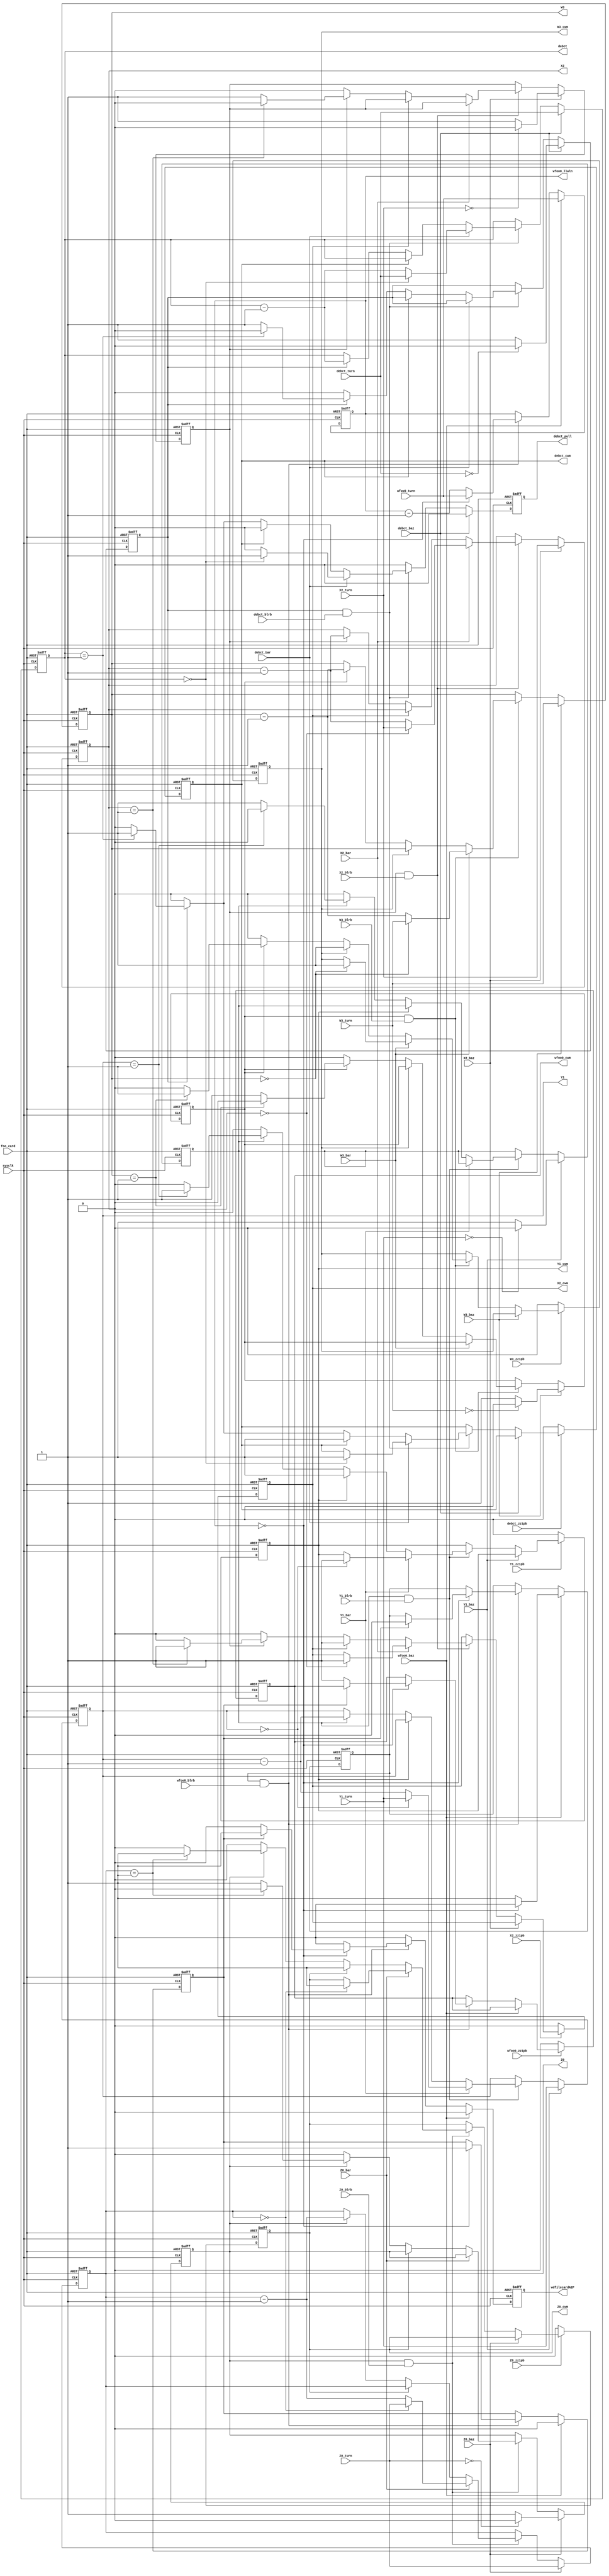
// File ../examples/counters.vhd translated with vhd2vl v2.0 VHDL to Verilog RTL translator
// Copyright (C) 2001 Vincenzo Liguori - Ocean Logic Pty Ltd - http://www.ocean-logic.com
// Modifications (C) 2006 Mark Gonzales - PMC Sierra Inc
// 
// vhd2vl comes with ABSOLUTELY NO WARRANTY
// ALWAYS RUN A FORMAL VERIFICATION TOOL TO COMPARE VHDL INPUT TO VERILOG OUTPUT 
// 
// This is free software, and you are welcome to redistribute it under certain conditions.
// See the license file license.txt included with the source for details.


module counters(
sysclk,
foo_card,
wfoo0_baz,
wfoo0_blrb,
wfoo0_zz1pb,
wfoo0_turn,
debct_baz,
debct_blrb,
debct_zz1pb,
debct_bar,
debct_turn,
Z0_bar,
Z0_baz,
Z0_blrb,
Z0_zz1pb,
Z0_turn,
Y1_bar,
Y1_baz,
Y1_blrb,
Y1_zz1pb,
Y1_turn,
X2_bar,
X2_baz,
X2_blrb,
X2_zz1pb,
X2_turn,
W3_bar,
W3_baz,
W3_blrb,
W3_zz1pb,
W3_turn,
Z0_cwm,
Z0,
Y1_cwm,
Y1,
X2_cwm,
X2,
W3_cwm,
W3,
wfoo0_cwm,
wfoo0_llwln,
debct_cwm,
debct_pull,
debct,
wdfilecardA2P
);

input sysclk;
input foo_card;
input wfoo0_baz;
input wfoo0_blrb;
input wfoo0_zz1pb;
input[31:0] wfoo0_turn;
input debct_baz;
input debct_blrb;
input debct_zz1pb;
input debct_bar;
input[31:0] debct_turn;
input Z0_bar;
input Z0_baz;
input Z0_blrb;
input Z0_zz1pb;
input[31:0] Z0_turn;
input Y1_bar;
input Y1_baz;
input Y1_blrb;
input Y1_zz1pb;
input[31:0] Y1_turn;
input X2_bar;
input X2_baz;
input X2_blrb;
input X2_zz1pb;
input[31:0] X2_turn;
input W3_bar;
input W3_baz;
input W3_blrb;
input W3_zz1pb;
input[31:0] W3_turn;
// to engine block
output Z0_cwm;
output[31:0] Z0;
output Y1_cwm;
output[31:0] Y1;
output X2_cwm;
output[31:0] X2;
output W3_cwm;
output[31:0] W3;
output wfoo0_cwm;
output[31:0] wfoo0_llwln;
output debct_cwm;
output debct_pull;
output[31:0] debct;
output wdfilecardA2P;

wire   sysclk;
wire   foo_card;
wire   wfoo0_baz;
wire   wfoo0_blrb;
wire   wfoo0_zz1pb;
wire  [31:0] wfoo0_turn;
wire   debct_baz;
wire   debct_blrb;
wire   debct_zz1pb;
wire   debct_bar;
wire  [31:0] debct_turn;
wire   Z0_bar;
wire   Z0_baz;
wire   Z0_blrb;
wire   Z0_zz1pb;
wire  [31:0] Z0_turn;
wire   Y1_bar;
wire   Y1_baz;
wire   Y1_blrb;
wire   Y1_zz1pb;
wire  [31:0] Y1_turn;
wire   X2_bar;
wire   X2_baz;
wire   X2_blrb;
wire   X2_zz1pb;
wire  [31:0] X2_turn;
wire   W3_bar;
wire   W3_baz;
wire   W3_blrb;
wire   W3_zz1pb;
wire  [31:0] W3_turn;
wire   Z0_cwm;
wire  [31:0] Z0;
wire   Y1_cwm;
wire  [31:0] Y1;
wire   X2_cwm;
wire  [31:0] X2;
wire   W3_cwm;
wire  [31:0] W3;
reg   wfoo0_cwm;
wire  [31:0] wfoo0_llwln;
wire   debct_cwm;
reg   debct_pull;
wire  [31:0] debct;
wire   wdfilecardA2P;


reg [31:0] wfoo0_llwln_var;
reg [31:0] debct_var;
reg [31:0] Z0_var;
reg [31:0] Y1_var;
reg [31:0] X2_var;
reg [31:0] W3_var;
reg  main_wfoo0_cwm;
reg  do_q3p_Z0;
reg  do_q3p_Y1;
reg  do_q3p_X2;
reg  do_q3p_W3;
reg  do_q3p_wfoo0;
reg  do_q3p_debct;
reg  Z0_cwm_i;
reg  Y1_cwm_i;
reg  X2_cwm_i;
reg  W3_cwm_i;
reg  debct_cwm_i;
reg  file_card_i;
reg  do_file_card_i;
reg  prev_do_file_card;

  //---
  // form the outputs
  assign wfoo0_llwln = (wfoo0_llwln_var);
  assign debct = (debct_var);
  assign Z0 = (Z0_var);
  assign Y1 = (Y1_var);
  assign X2 = (X2_var);
  assign W3 = (W3_var);
  assign Z0_cwm = Z0_cwm_i;
  assign Y1_cwm = Y1_cwm_i;
  assign X2_cwm = X2_cwm_i;
  assign W3_cwm = W3_cwm_i;
  assign debct_cwm = debct_cwm_i;
  assign wdfilecardA2P = do_file_card_i;
  always @(posedge foo_card or posedge sysclk) begin
    if(foo_card == 1'b 1) begin
      wfoo0_llwln_var <= {32{1'b0}};
      debct_var <= {32{1'b0}};
      Z0_var <= {32{1'b0}};
      Y1_var <= {32{1'b0}};
      X2_var <= {32{1'b0}};
      W3_var <= {32{1'b0}};
      wfoo0_cwm <= 1'b 0;
      debct_cwm_i <= 1'b 0;
      debct_pull <= 1'b 0;
      Z0_cwm_i <= 1'b 0;
      Y1_cwm_i <= 1'b 0;
      X2_cwm_i <= 1'b 0;
      W3_cwm_i <= 1'b 0;
      main_wfoo0_cwm <= 1'b 0;
      file_card_i <= 1'b 0;
      do_q3p_wfoo0 <= 1'b 0;
      do_file_card_i <= 1'b 0;
      prev_do_file_card <= 1'b 0;
      do_q3p_Z0 <= 1'b 0;
      do_q3p_Y1 <= 1'b 0;
      do_q3p_X2 <= 1'b 0;
      do_q3p_W3 <= 1'b 0;
      do_q3p_debct <= 1'b 0;
    end else begin
      // pull
      debct_pull <= 1'b 0;
      do_file_card_i <= 1'b 0;
      //--
      //  wfoo0
      if(wfoo0_baz == 1'b 1) begin
        wfoo0_llwln_var <= (wfoo0_turn);
        main_wfoo0_cwm <= 1'b 0;
        if(wfoo0_llwln_var == 32'b 00000000000000000000000000000000) begin
          do_q3p_wfoo0 <= 1'b 0;
        end
        else begin
          do_q3p_wfoo0 <= 1'b 1;
        end
      end
      else begin
        if(do_q3p_wfoo0 == 1'b 1 && wfoo0_blrb == 1'b 1) begin
          wfoo0_llwln_var <= wfoo0_llwln_var - 1;
          if((wfoo0_llwln_var == 32'b 00000000000000000000000000000000)) begin
            wfoo0_llwln_var <= (wfoo0_turn);
            if(main_wfoo0_cwm == 1'b 0) begin
              wfoo0_cwm <= 1'b 1;
              main_wfoo0_cwm <= 1'b 1;
            end
            else begin
              do_file_card_i <= 1'b 1;
              do_q3p_wfoo0 <= 1'b 0;
            end
          end
        end
      end
      if(wfoo0_zz1pb == 1'b 0) begin
        wfoo0_cwm <= 1'b 0;
      end
      if(Z0_baz == 1'b 1) begin
        // counter Baz
        Z0_var <= (Z0_turn);
        if(Z0_turn == 32'b 00000000000000000000000000000000) begin
          do_q3p_Z0 <= 1'b 0;
        end
        else begin
          do_q3p_Z0 <= 1'b 1;
        end
      end
      else begin
        if(do_q3p_Z0 == 1'b 1 && Z0_blrb == 1'b 1) begin
          if(Z0_bar == 1'b 0) begin
            if(Z0_cwm_i == 1'b 0) begin
              if(do_q3p_Z0 == 1'b 1) begin
                Z0_var <= Z0_var - 1;
                if((Z0_var == 32'b 00000000000000000000000000000001)) begin
                  Z0_cwm_i <= 1'b 1;
                  do_q3p_Z0 <= 1'b 0;
                end
              end
            end
          end
          else begin
            Z0_var <= Z0_var - 1;
            if((Z0_var == 32'b 00000000000000000000000000000000)) begin
              Z0_cwm_i <= 1'b 1;
              Z0_var <= (Z0_turn);
            end
          end
          // Z0_bar
        end
      end
      // Z0_blrb
      if(Z0_zz1pb == 1'b 0) begin
        Z0_cwm_i <= 1'b 0;
      end
      if(Y1_baz == 1'b 1) begin
        // counter Baz
        Y1_var <= (Y1_turn);
        if(Y1_turn == 32'b 00000000000000000000000000000000) begin
          do_q3p_Y1 <= 1'b 0;
        end
        else begin
          do_q3p_Y1 <= 1'b 1;
        end
      end
      else if(do_q3p_Y1 == 1'b 1 && Y1_blrb == 1'b 1) begin
        if(Y1_bar == 1'b 0) begin
          if(Y1_cwm_i == 1'b 0) begin
            if(do_q3p_Y1 == 1'b 1) begin
              Y1_var <= Y1_var - 1;
              if((Y1_var == 32'b 00000000000000000000000000000001)) begin
                Y1_cwm_i <= 1'b 1;
                do_q3p_Y1 <= 1'b 0;
              end
            end
          end
        end
        else begin
          Y1_var <= Y1_var - 1;
          if((Y1_var == 32'b 00000000000000000000000000000000)) begin
            Y1_cwm_i <= 1'b 1;
            Y1_var <= (Y1_turn);
          end
        end
        // Y1_bar
      end
      // Y1_blrb
      if(Y1_zz1pb == 1'b 0) begin
        Y1_cwm_i <= 1'b 0;
      end
      if(X2_baz == 1'b 1) begin
        // counter Baz
        X2_var <= (X2_turn);
        if(X2_turn == 32'b 00000000000000000000000000000000) begin
          do_q3p_X2 <= 1'b 0;
        end
        else begin
          do_q3p_X2 <= 1'b 1;
        end
      end
      else if(do_q3p_X2 == 1'b 1 && X2_blrb == 1'b 1) begin
        if(X2_bar == 1'b 0) begin
          if(X2_cwm_i == 1'b 0) begin
            if(do_q3p_X2 == 1'b 1) begin
              X2_var <= X2_var - 1;
              if((X2_var == 32'b 00000000000000000000000000000001)) begin
                X2_cwm_i <= 1'b 1;
                do_q3p_X2 <= 1'b 0;
              end
            end
          end
        end
        else begin
          X2_var <= X2_var - 1;
          if((X2_var == 32'b 00000000000000000000000000000000)) begin
            //{
            X2_cwm_i <= 1'b 1;
            X2_var <= (X2_turn);
          end
        end
        //X2_bar
      end
      // X2_blrb
      if(X2_zz1pb == 1'b 0) begin
        X2_cwm_i <= 1'b 0;
      end
      if(W3_baz == 1'b 1) begin
        // counter Baz
        W3_var <= (W3_turn);
        if(W3_turn == 32'b 00000000000000000000000000000000) begin
          do_q3p_W3 <= 1'b 0;
        end
        else begin
          do_q3p_W3 <= 1'b 1;
        end
      end
      else if(do_q3p_W3 == 1'b 1 && W3_blrb == 1'b 1) begin
        if(W3_bar == 1'b 0) begin
          if(W3_cwm_i == 1'b 0) begin
            if(do_q3p_W3 == 1'b 1) begin
              W3_var <= W3_var - 1;
              if((W3_var == 32'b 00000000000000000000000000000001)) begin
                W3_cwm_i <= 1'b 1;
                do_q3p_W3 <= 1'b 0;
              end
            end
          end
        end
        else begin
          W3_var <= W3_var - 1;
          if((W3_var == 32'b 00000000000000000000000000000000)) begin
            //{
            W3_cwm_i <= 1'b 1;
            W3_var <= (W3_turn);
          end
        end
        // W3_bar
      end
      // W3_blrb
      if(W3_zz1pb == 1'b 0) begin
        W3_cwm_i <= 1'b 0;
      end
      if(debct_baz == 1'b 1) begin
        // counter Baz
        debct_var <= (debct_turn);
        if(debct_turn == 32'b 00000000000000000000000000000000) begin
          do_q3p_debct <= 1'b 0;
        end
        else begin
          do_q3p_debct <= 1'b 1;
        end
      end
      else if(do_q3p_debct == 1'b 1 && debct_blrb == 1'b 1) begin
        if(debct_bar == 1'b 0) begin
          if(debct_cwm_i == 1'b 0) begin
            if(do_q3p_debct == 1'b 1) begin
              debct_var <= debct_var - 1;
              if((debct_var == 32'b 00000000000000000000000000000001)) begin
                debct_cwm_i <= 1'b 1;
                debct_pull <= 1'b 1;
                do_q3p_debct <= 1'b 0;
              end
            end
          end
        end
        else begin
          //-- T
          //  Continue
          debct_var <= debct_var - 1;
          // ending
          if((debct_var == 32'b 00000000000000000000000000000000)) begin
            //{
            debct_cwm_i <= 1'b 1;
            debct_pull <= 1'b 1;
            debct_var <= (debct_turn);
          end
        end
        // debct_bar
      end
      // debct_blrb
      // comment
      if(debct_zz1pb == 1'b 0) begin
        debct_cwm_i <= 1'b 0;
      end
    end
  end


endmodule